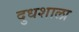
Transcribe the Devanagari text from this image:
दुधशाला